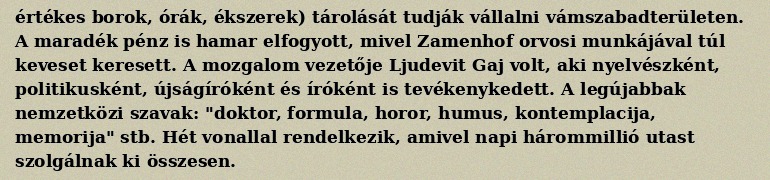
értékes borok, órák, ékszerek) tárolását tudják vállalni vámszabadterületen. A maradék pénz is hamar elfogyott, mivel Zamenhof orvosi munkájával túl keveset keresett. A mozgalom vezetője Ljudevit Gaj volt, aki nyelvészként, politikusként, újságíróként és íróként is tevékenykedett. A legújabbak nemzetközi szavak: "doktor, formula, horor, humus, kontemplacija, memorija" stb. Hét vonallal rendelkezik, amivel napi hárommillió utast szolgálnak ki összesen.